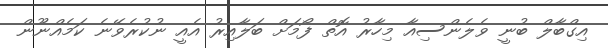
އިގްބާލް ބުނީ ވެލެންސިއާ މިހާރު އޮތް ފޯމަށް ބަލާއިރު އެއީ ނުކުރެވޭނެ ކަމެއްނޫން